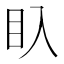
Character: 𥃱